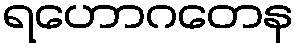
ရဟောဂတေန